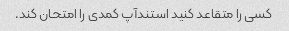
کسی را متقاعد کنید استندآپ کمدی را امتحان کند.